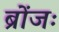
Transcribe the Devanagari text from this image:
ब्रोंजः